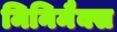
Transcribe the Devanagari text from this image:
मिनिमैक्स